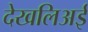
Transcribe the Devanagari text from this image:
देखलिअई